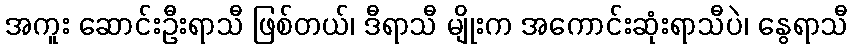
အကူး ဆောင်းဦးရာသီ ဖြစ်တယ်၊ ဒီရာသီ မျိုးက အကောင်းဆုံးရာသီပဲ၊ နွေရာသီ